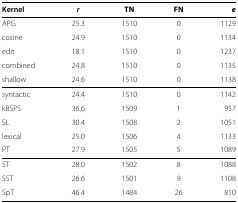
<table><thead><tr><td><b>Kernel</b></td><td><b><i>r</i></b></td><td><b>TN</b></td><td><b>FN</b></td><td><b><i>e</i></b></td></tr></thead><tbody><tr><td>APG</td><td>25.3</td><td>1510</td><td>0</td><td>1129</td></tr><tr><td>cosine</td><td>24.9</td><td>1510</td><td>0</td><td>1134</td></tr><tr><td>edit</td><td>18.1</td><td>1510</td><td>0</td><td>1237</td></tr><tr><td>combined</td><td>24.8</td><td>1510</td><td>0</td><td>1135</td></tr><tr><td>shallow</td><td>24.6</td><td>1510</td><td>0</td><td>1138</td></tr><tr><td>syntactic</td><td>24.4</td><td>1510</td><td>0</td><td>1142</td></tr><tr><td>kBSPS</td><td>36.6</td><td>1509</td><td>1</td><td>957</td></tr><tr><td>SL</td><td>30.4</td><td>1508</td><td>2</td><td>1051</td></tr><tr><td>lexical</td><td>25.0</td><td>1506</td><td>4</td><td>1133</td></tr><tr><td>PT</td><td>27.9</td><td>1505</td><td>5</td><td>1089</td></tr><tr><td>ST</td><td>28.0</td><td>1502</td><td>8</td><td>1088</td></tr><tr><td>SST</td><td>26.6</td><td>1501</td><td>9</td><td>1108</td></tr><tr><td>SpT</td><td>46.4</td><td>1484</td><td>26</td><td>810</td></tr></tbody></table>